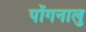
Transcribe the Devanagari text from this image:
पोंगनालु